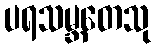
ပရသမ္ဘတေသု